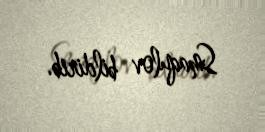
Smaqulov bildirib.